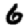
Digit: 6